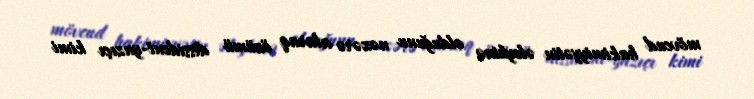
mövcud hakimiyyətin əleyhinə olduğunu nəzərə alaraq özümü dissident-yazıçı kimi